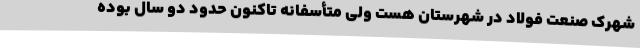
شهرک صنعت فولاد در شهرستان هست ولی متأسفانه تاکنون حدود دو سال بوده